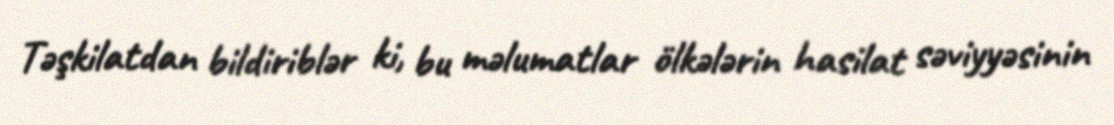
Təşkilatdan bildiriblər ki, bu məlumatlar ölkələrin hasilat səviyyəsinin